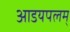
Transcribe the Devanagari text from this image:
आडयपलम्‌